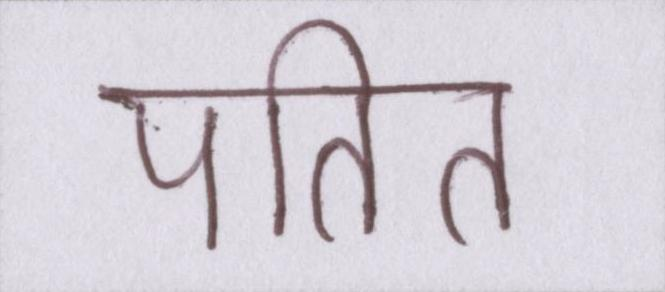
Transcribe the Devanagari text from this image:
पतित